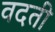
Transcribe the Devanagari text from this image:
वदती